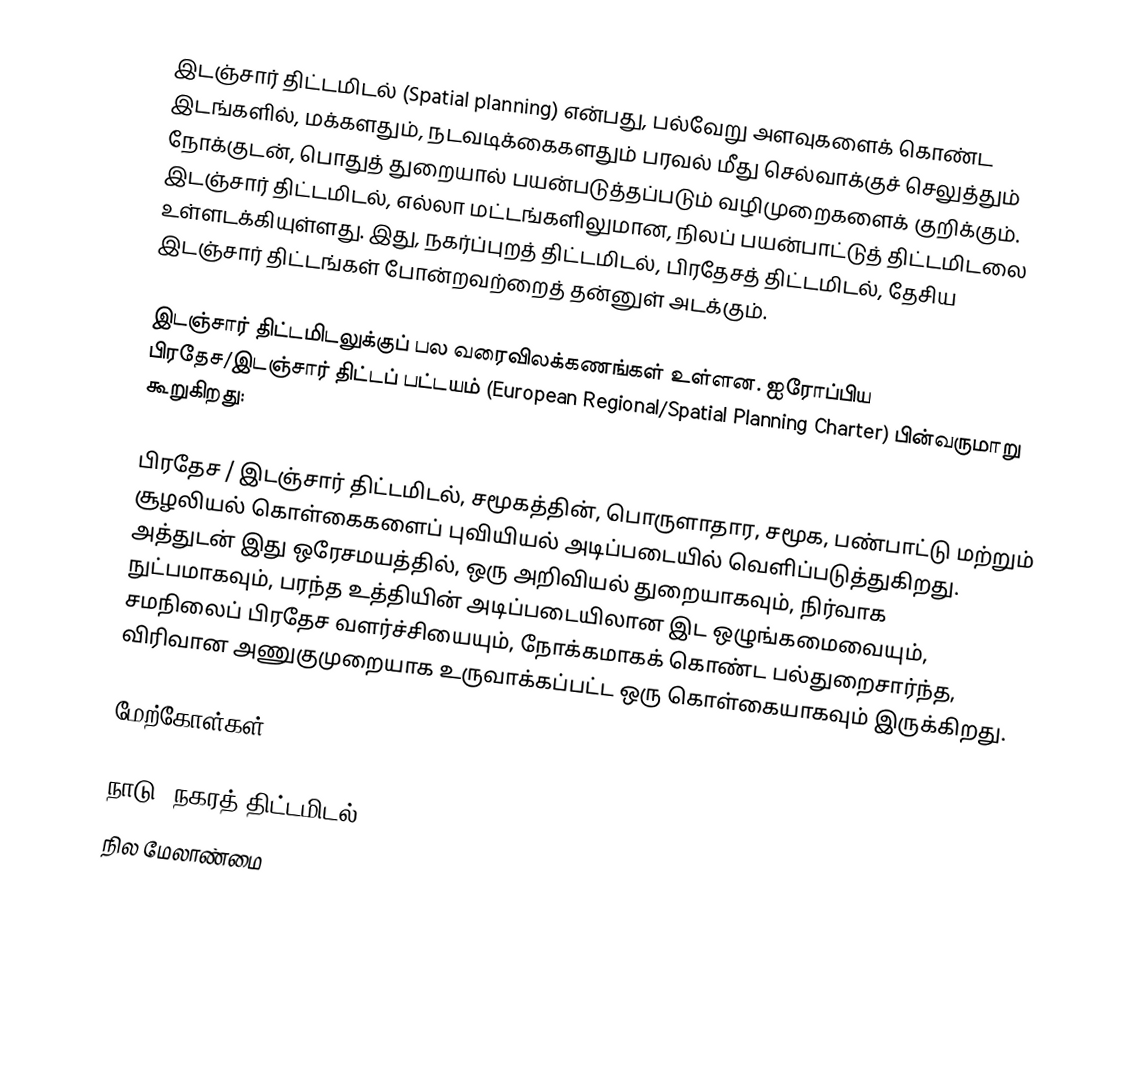
இடஞ்சார் திட்டமிடல் (Spatial planning) என்பது, பல்வேறு அளவுகளைக் கொண்ட இடங்களில், மக்களதும், நடவடிக்கைகளதும் பரவல் மீது செல்வாக்குச் செலுத்தும் நோக்குடன், பொதுத் துறையால் பயன்படுத்தப்படும் வழிமுறைகளைக் குறிக்கும். இடஞ்சார் திட்டமிடல், எல்லா மட்டங்களிலுமான, நிலப் பயன்பாட்டுத் திட்டமிடலை உள்ளடக்கியுள்ளது. இது, நகர்ப்புறத் திட்டமிடல், பிரதேசத் திட்டமிடல், தேசிய இடஞ்சார் திட்டங்கள் போன்றவற்றைத் தன்னுள் அடக்கும்.

இடஞ்சார் திட்டமிடலுக்குப் பல வரைவிலக்கணங்கள் உள்ளன. ஐரோப்பிய பிரதேச/இடஞ்சார் திட்டப் பட்டயம் (European Regional/Spatial Planning Charter) பின்வருமாறு கூறுகிறது:

 பிரதேச / இடஞ்சார் திட்டமிடல், சமூகத்தின், பொருளாதார, சமூக, பண்பாட்டு மற்றும் சூழலியல் கொள்கைகளைப் புவியியல் அடிப்படையில் வெளிப்படுத்துகிறது. அத்துடன் இது ஒரேசமயத்தில், ஒரு அறிவியல் துறையாகவும், நிர்வாக நுட்பமாகவும், பரந்த உத்தியின் அடிப்படையிலான இட ஒழுங்கமைவையும், சமநிலைப் பிரதேச வளர்ச்சியையும், நோக்கமாகக் கொண்ட பல்துறைசார்ந்த, விரிவான அணுகுமுறையாக உருவாக்கப்பட்ட ஒரு கொள்கையாகவும் இருக்கிறது.

மேற்கோள்கள்

நாடு, நகரத் திட்டமிடல்
நில மேலாண்மை